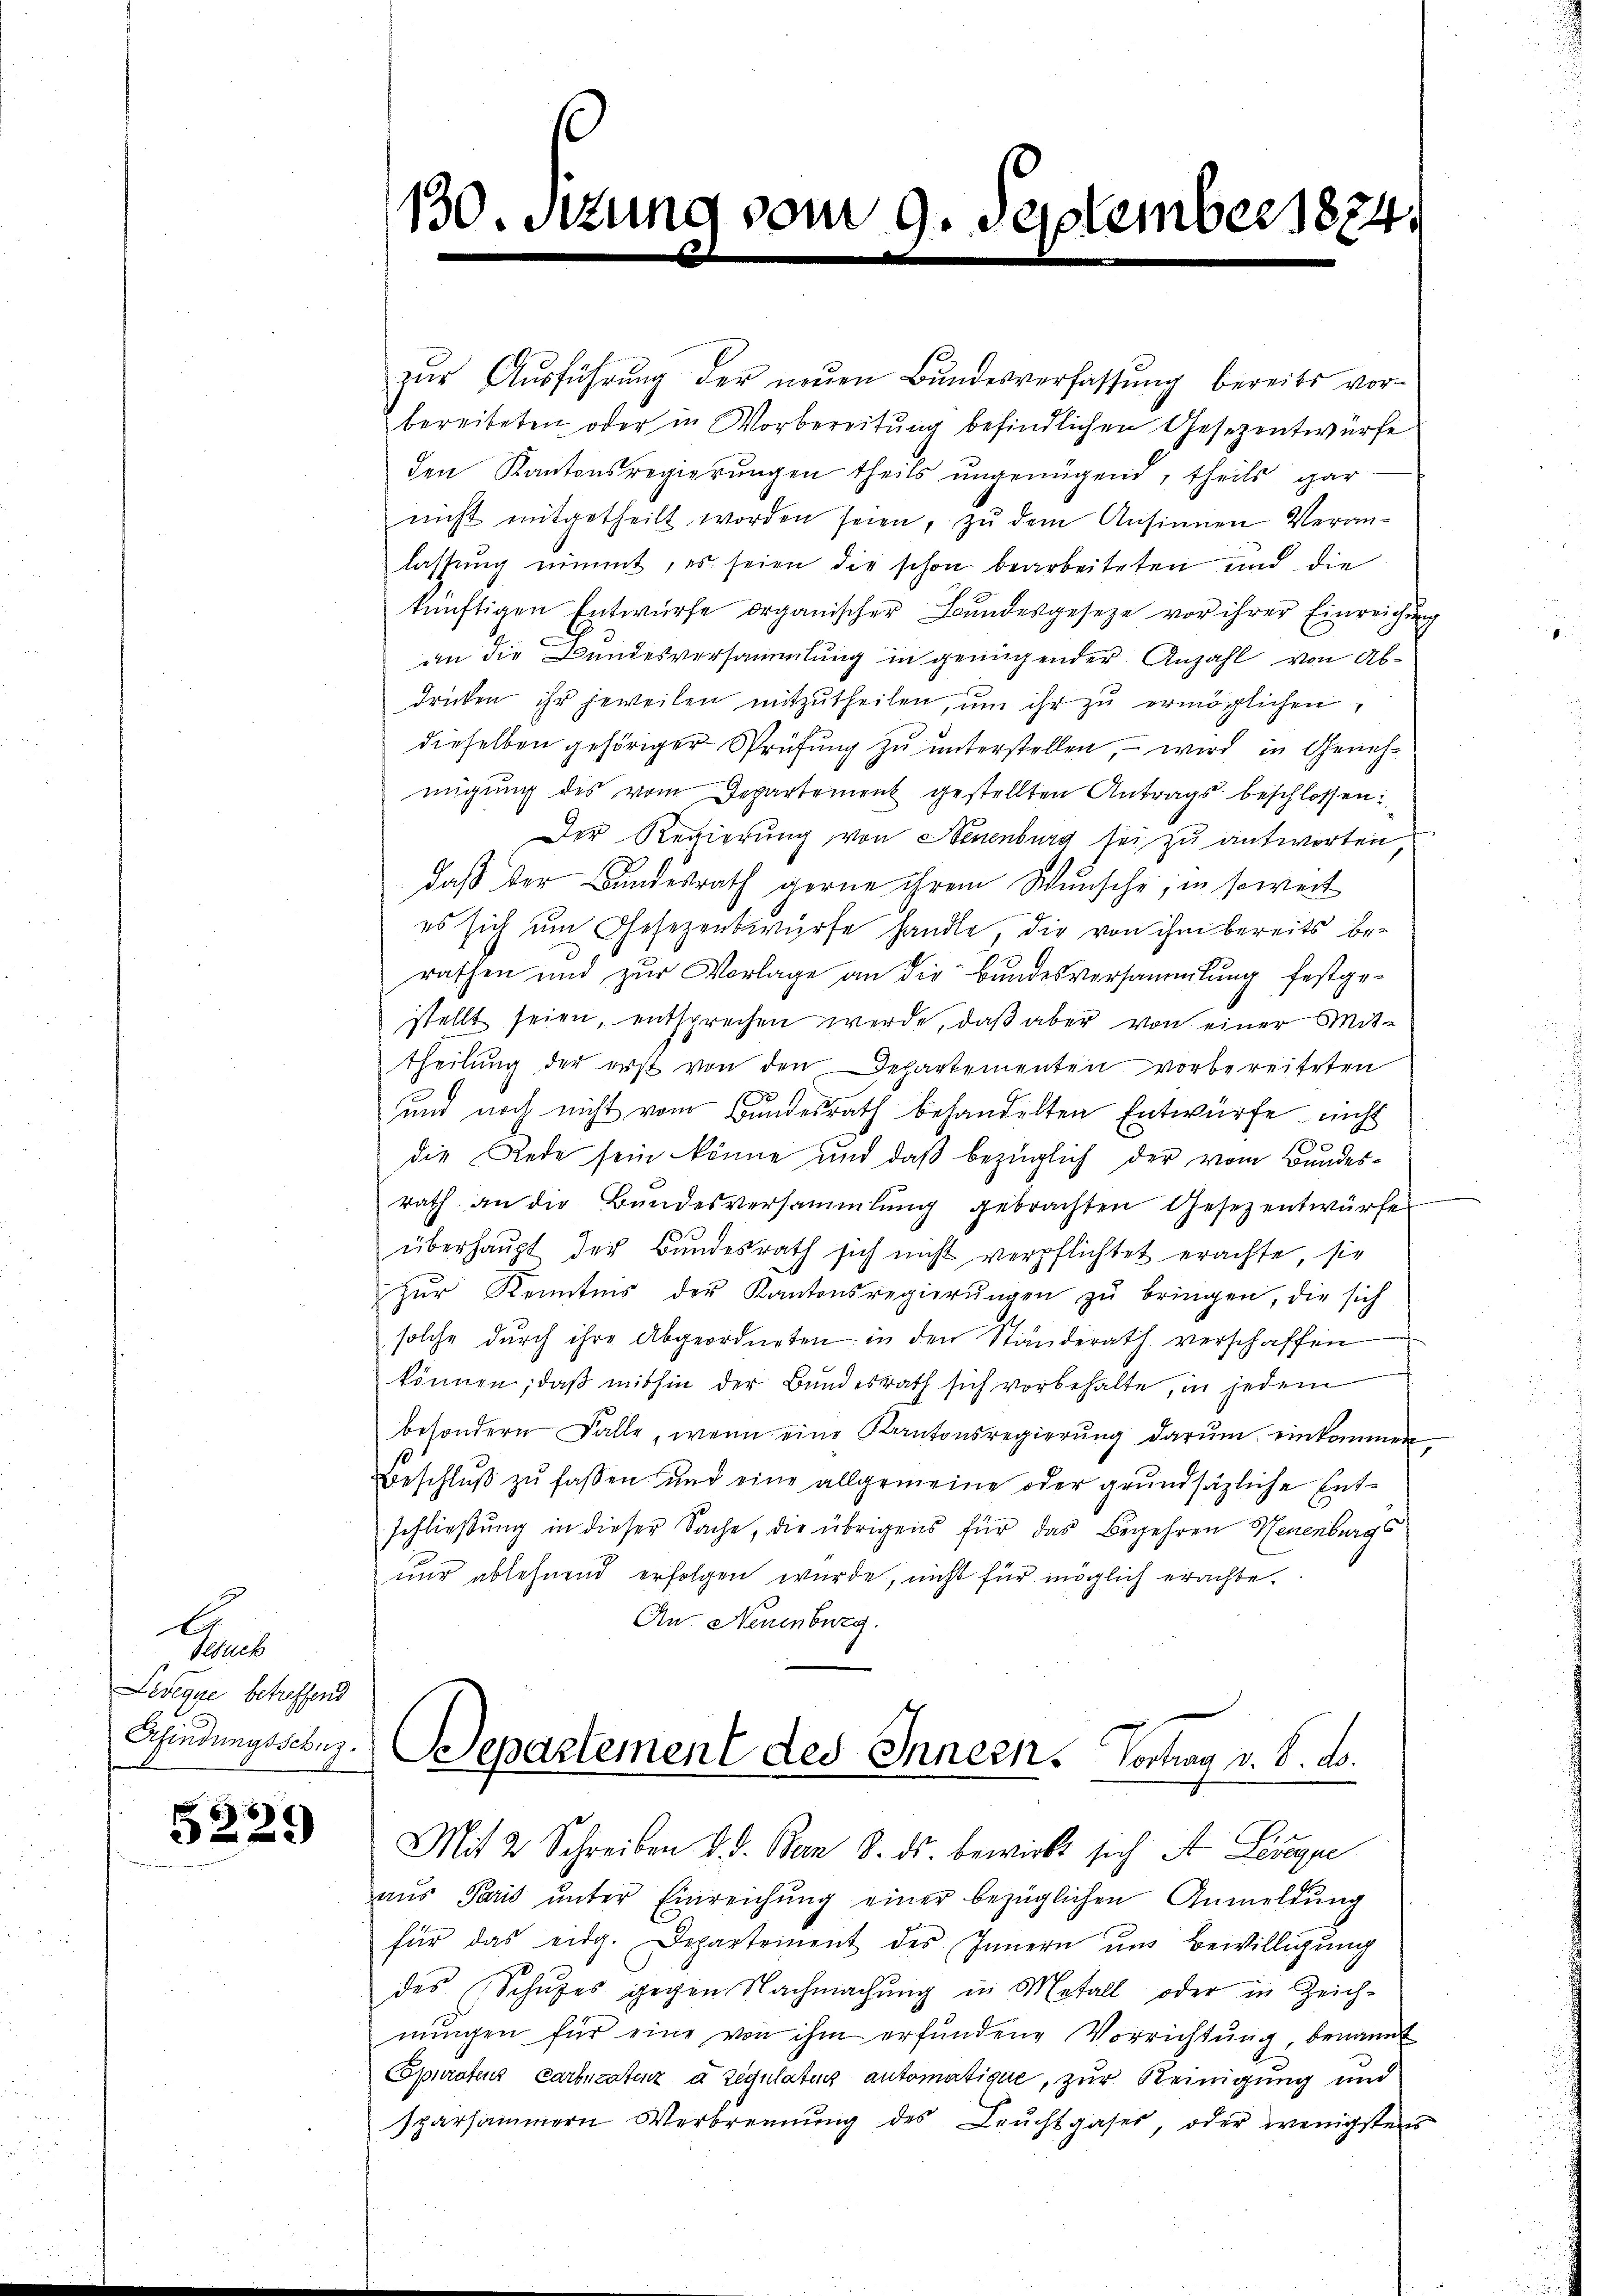
A
Besuch
Levenue betreffend

5229

130.

zŭr Aŭsführung der neŭen Bundesverfassung bereits vorbereiteten oder in Vorbereitung befindlichen Gesezentwürfe
den Kantonsregierungen theils ungenügend, theils gar
nicht mitgetheilt worden seien, zu dem Ansinnen Veran-
lassung nimmt, es seien die schon bearbeiteten und die
künftigen Entwürfe organischer Bundesgeseze vor ihrer Einreichung
an die Bundesversammlung in genügender Anzahl von Abdrücken ihr jeweilen mitzŭtheilen, ŭm ihr zŭ ermöglichen,
dieselben gehöriger Prüfung zu unterstellen, – wird in Genehmigung des vom Departement gestellten Antrags beschlossen:
Der Regierung von Neuenburg sei zu antworten,
daß der Bundesrath gerne ihrem Wunsche, in soweit
es sich um Gesezentwürfe handle, die von ihm bereits berathen und zur Vorlage an die Bandesversammlung festgestellt seien, entsprechen werde, daß aber von einer Mit-
theilung der erst von den Departementen vorbereiteten
und noch nicht vom Bundesrath behandelten Entwürfe, nicht
die Rede sein könne und daß bezüglich der vom Bandesrath an die Bŭndesversammlung gebrachten Gesezentwürfe
überhaupt der Bundesrath sich nicht verpflichtet erachte, sie
zŭr Kenntnis der Kantonsregierŭngen zŭ bringen, die sich
solche durch ihre Abgeordneten in den Ständerath verschaffen
können, daß mithin der Bundesrath sich vorbehalte, in jedem
besondern Falle, wenn eine Kantonsregierŭng darŭm einkommen
Beschluß zu fassen und eine allgemeine oder grundsätzliche Entschließung in dieser Sache, die übrigens für das Begehren Neuenburgs
nŭr ablehnend erfolgen würde, nicht für möglich erachte.
An Neuenburg.
Shindungsschr. Separtement des Innern. Vortrag v. 8. ds.

vom 9. September 1874.

Mit 2 Schreiben d. d. Ban 8. ds. bewirkt sich A. Lesegue

aŭs Paris ŭnter Einreichŭng einer bezüglichen Anmeldŭng
für das eidg. Departement des Innern und Bewilligung
des Schŭtes gegen Nachmachŭng in Metall oder in Zeich-
nŭngen für eine von ihm erfŭndene Vorrichtŭng, benannt
Epuratenz Carbucatenz a Regulatur automatique, zur Reinigung und
sparsammern Verbrennung des Leŭchtgases, oder wenigstens